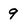
Character: 9